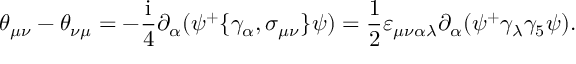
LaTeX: \theta _ { \mu \nu } - \theta _ { \nu \mu } = - \frac { \mathrm { i } } 4 \partial _ { \alpha } ( \psi ^ { + } \{ \gamma _ { \alpha } , \sigma _ { \mu \nu } \} \psi ) = \frac 1 2 \varepsilon _ { \mu \nu \alpha \lambda } \partial _ { \alpha } ( \psi ^ { + } \gamma _ { \lambda } \gamma _ { 5 } \psi ) .